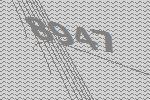
8947